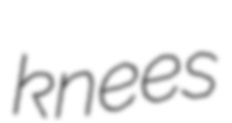
knees